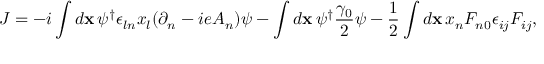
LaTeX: { \cal J } = - i \int { d { \bf x } \, \psi ^ { \dagger } \epsilon _ { l n } x _ { l } ( \partial _ { n } - i e A _ { n } ) \psi } - \int { d { \bf x } \, \psi ^ { \dagger } \frac { \gamma _ { 0 } } { 2 } \psi } - \frac { 1 } { 2 } \int { d { \bf x } \, x _ { n } F _ { n 0 } \epsilon _ { i j } F _ { i j } } ,